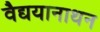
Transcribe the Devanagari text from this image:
वैद्ययानाथन